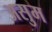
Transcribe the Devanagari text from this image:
असुम